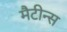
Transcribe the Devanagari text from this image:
मैटीन्स